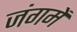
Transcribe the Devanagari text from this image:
जंगमें